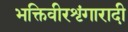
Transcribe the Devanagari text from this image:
भक्तिवीरशृंगारादी